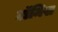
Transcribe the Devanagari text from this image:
टॉमिस